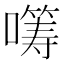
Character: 𡀤